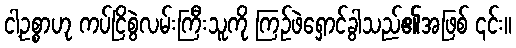
ငါ့ဥစ္စာဟု ကပ်ငြိစွဲလမ်းကြီးသူကို ကြဉ်ဖဲရှောင်ခွါသည်၏အဖြစ် ၎င်း။